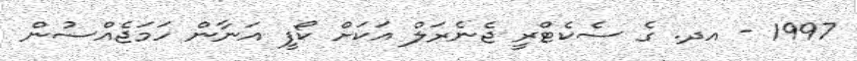
1997 - އދ. ގެ ސެކެޓްރީ ޖެނެރަލް އަކަށް ކޯފީ އަނާން ހަމަޖެއްސުން